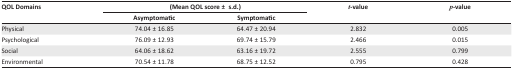
| <ROWSPAN=3> QOL Domains | <COLSPAN=2> (Mean QOL score ± s.d.) | <ROWSPAN=3> t-value | <ROWSPAN=3> p-value |
 | Asymptomatic | Symptomatic |
 | --- | --- | --- | --- | --- |
 | Physical | 74.04 ± 16.85 | 64.47 ± 20.94 | 2.832 | 0.005 |
 | Psychological | 76.09 ± 12.93 | 69.74 ± 15.79 | 2.466 | 0.015 |
 | Social | 64.06 ± 18.62 | 63.16 ± 19.72 | 2.555 | 0.799 |
 | Environmental | 70.54 ± 11.78 | 68.75 ± 12.52 | 0.795 | 0.428 |